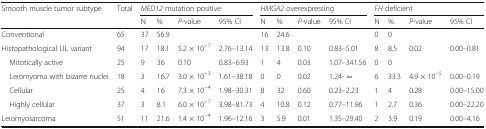
<table><thead><tr><td rowspan="2"><b>Smooth muscle tumor subtype</b></td><td rowspan="2"><b>Total</b></td><td colspan="4"><b><i>MED12</i> mutation positive</b></td><td colspan="4"><b><i>HMGA2</i> overexpressing</b></td><td colspan="4"><b><i>FH</i> deficient</b></td></tr><tr><td><b>N</b></td><td><b>%</b></td><td><b><i>P</i>-value</b></td><td><b>95% CI</b></td><td><b>N</b></td><td><b>%</b></td><td><b><i>P</i>-value</b></td><td><b>95% CI</b></td><td><b>N</b></td><td><b>%</b></td><td><b><i>P</i>-value</b></td><td><b>95% CI</b></td></tr></thead><tbody><tr><td>Conventional</td><td>65</td><td>37</td><td>56.9</td><td></td><td></td><td>16</td><td>24.6</td><td></td><td></td><td>0</td><td>0</td><td></td><td></td></tr><tr><td>Histopathological UL variant</td><td>94</td><td>17</td><td>18.1</td><td>5.2 × 10<sup>−7</sup></td><td>2.76–13.14</td><td>13</td><td>13.8</td><td>0.10</td><td>0.83–5.01</td><td>8</td><td>8.5</td><td>0.02</td><td>0.00–0.81</td></tr><tr><td> Mitotically active</td><td>25</td><td>9</td><td>36</td><td>0.10</td><td>0.83–6.93</td><td>1</td><td>4</td><td>0.03</td><td>1.07–341.56</td><td>0</td><td>0</td><td></td><td></td></tr><tr><td> Leiomyoma with bizarre nuclei</td><td>18</td><td>3</td><td>16.7</td><td>3.0 × 10<sup>−3</sup></td><td>1.61–38.18</td><td>0</td><td>0</td><td>0.02</td><td>1.24- ∞</td><td>6</td><td>33.3</td><td>4.9 × 10<sup>−5</sup></td><td>0.00–0.19</td></tr><tr><td> Cellular</td><td>25</td><td>4</td><td>16</td><td>7.3 × 10<sup>−4</sup></td><td>1.98–30.31</td><td>8</td><td>32</td><td>0.60</td><td>0.23–2.23</td><td>1</td><td>4</td><td>0.28</td><td>0.00–15.00</td></tr><tr><td> Highly cellular</td><td>37</td><td>3</td><td>8.1</td><td>6.0 × 10<sup>−7</sup></td><td>3.98–81.73</td><td>4</td><td>10.8</td><td>0.12</td><td>0.77–11.96</td><td>1</td><td>2.7</td><td>0.36</td><td>0.00–22.20</td></tr><tr><td>Leiomyosarcoma</td><td>51</td><td>11</td><td>21.6</td><td>1.4 × 10<sup>−4</sup></td><td>1.96–12.16</td><td>3</td><td>5.9</td><td>0.01</td><td>1.35–29.40</td><td>2</td><td>3.9</td><td>0.19</td><td>0.00–4.16</td></tr></tbody></table>